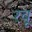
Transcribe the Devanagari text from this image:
रबू